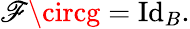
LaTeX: \mathscr{F}\circg=\operatorname{Id}_{B}.